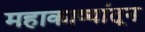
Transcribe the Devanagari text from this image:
महाकाव्यांतून